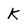
Character: k